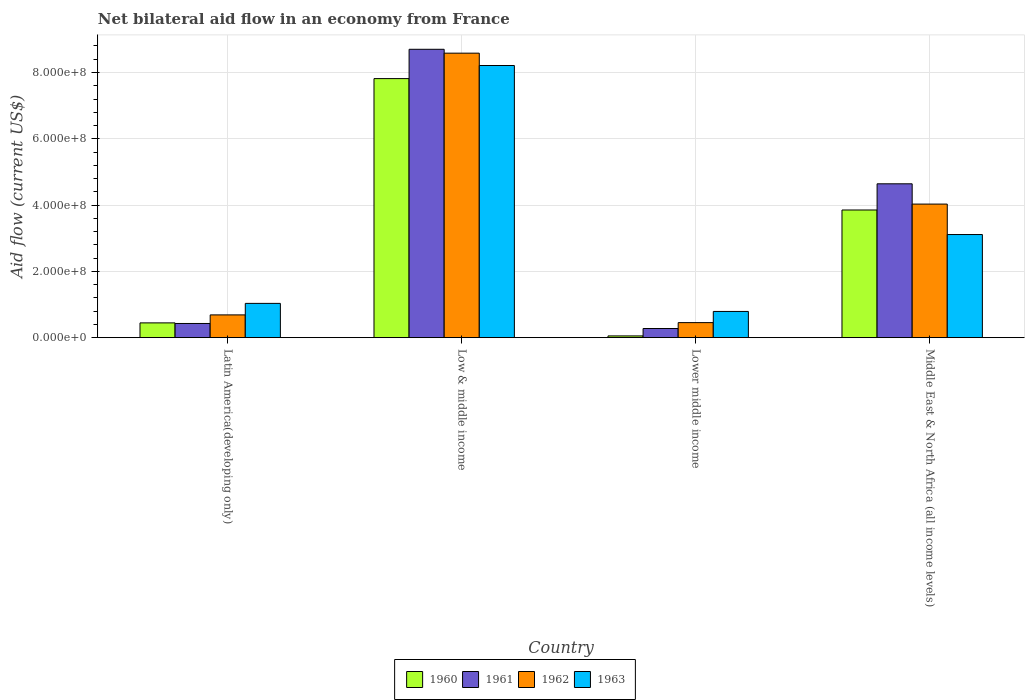
| Country | 1960 | 1961 | 1962 | 1963 |
 | --- | --- | --- | --- | --- |
 | Latin America(developing only) | 4.46e+07 | 4.28e+07 | 6.87e+07 | 1.03e+08 |
 | Low & middle income | 7.82e+08 | 8.7e+08 | 8.58e+08 | 8.21e+08 |
 | Lower middle income | 5.3e+06 | 2.76e+07 | 4.54e+07 | 7.91e+07 |
 | Middle East & North Africa (all income levels) | 3.85e+08 | 4.64e+08 | 4.03e+08 | 3.11e+08 |